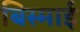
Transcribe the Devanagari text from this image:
बिस्माई